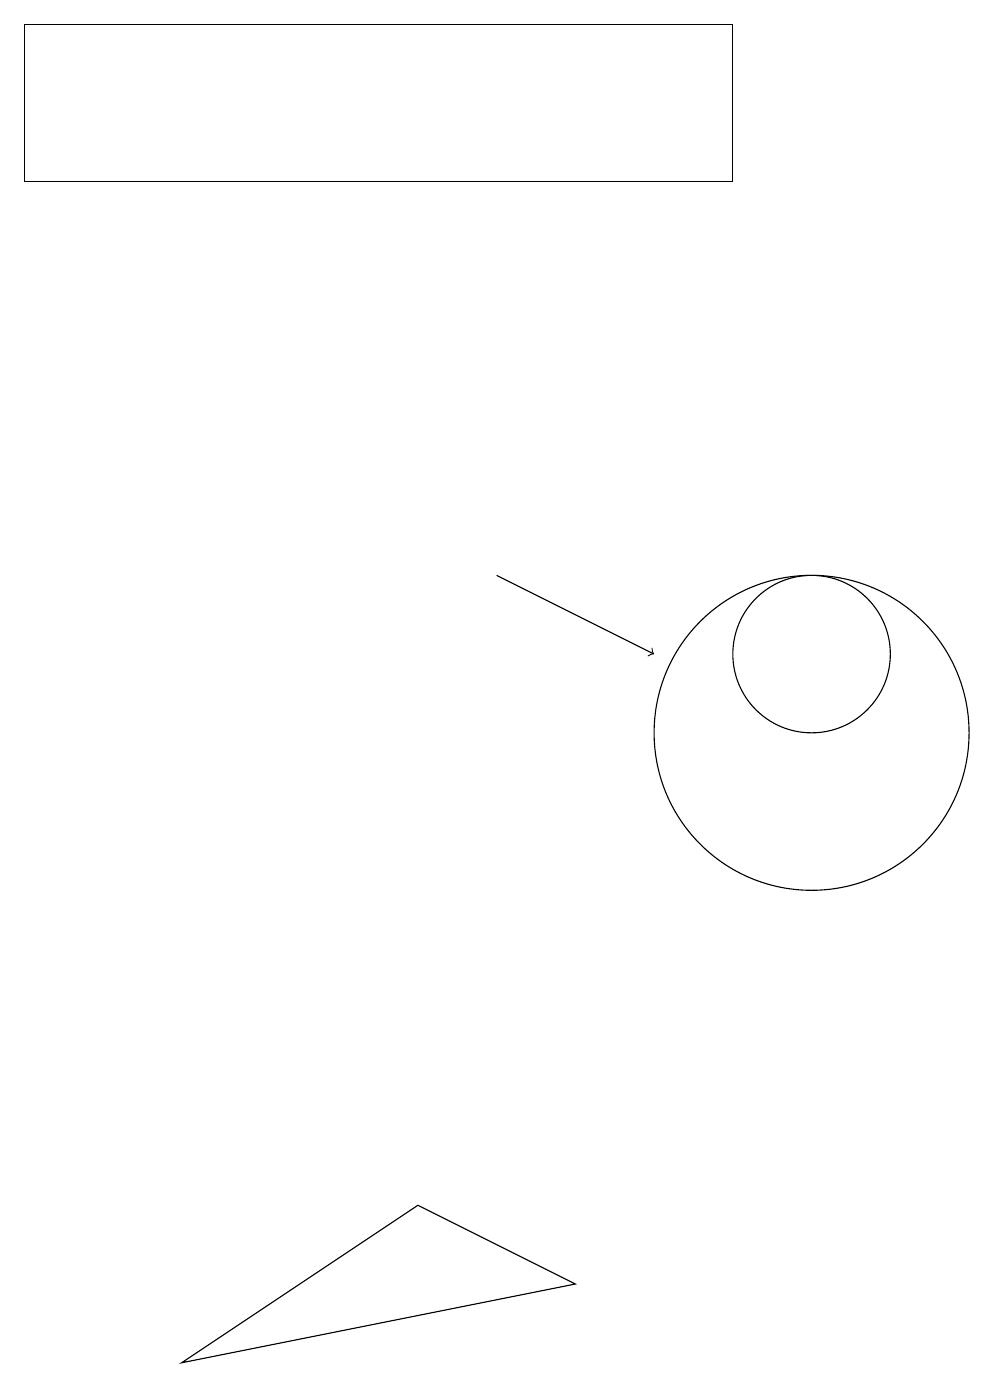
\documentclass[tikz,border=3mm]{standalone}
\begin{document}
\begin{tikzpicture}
\draw (10,10) circle (2);
\draw (10,11) circle (1);
\draw (7,3) -- (2,2) -- (5,4) -- cycle;
\draw (9,19) rectangle (0,17);
\draw[->] (6,12) -- (8,11);
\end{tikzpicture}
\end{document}